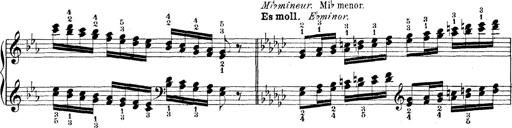
Title: Technische Studien
Composer: Franz Liszt